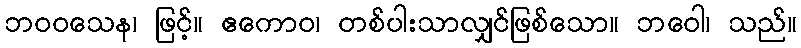
ဘဝဝသေန၊ ဖြင့်။ ဧကောဝ၊ တစ်ပါးသာလျှင်ဖြစ်သော။ ဘဝေါ၊ သည်။